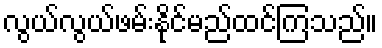
လွယ်လွယ်ဖမ်းနိုင်မည်ထင်ကြသည်။